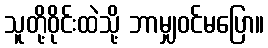
သူတို့ဝိုင်းထဲသို့ ဘာမျှဝင်မပြော။